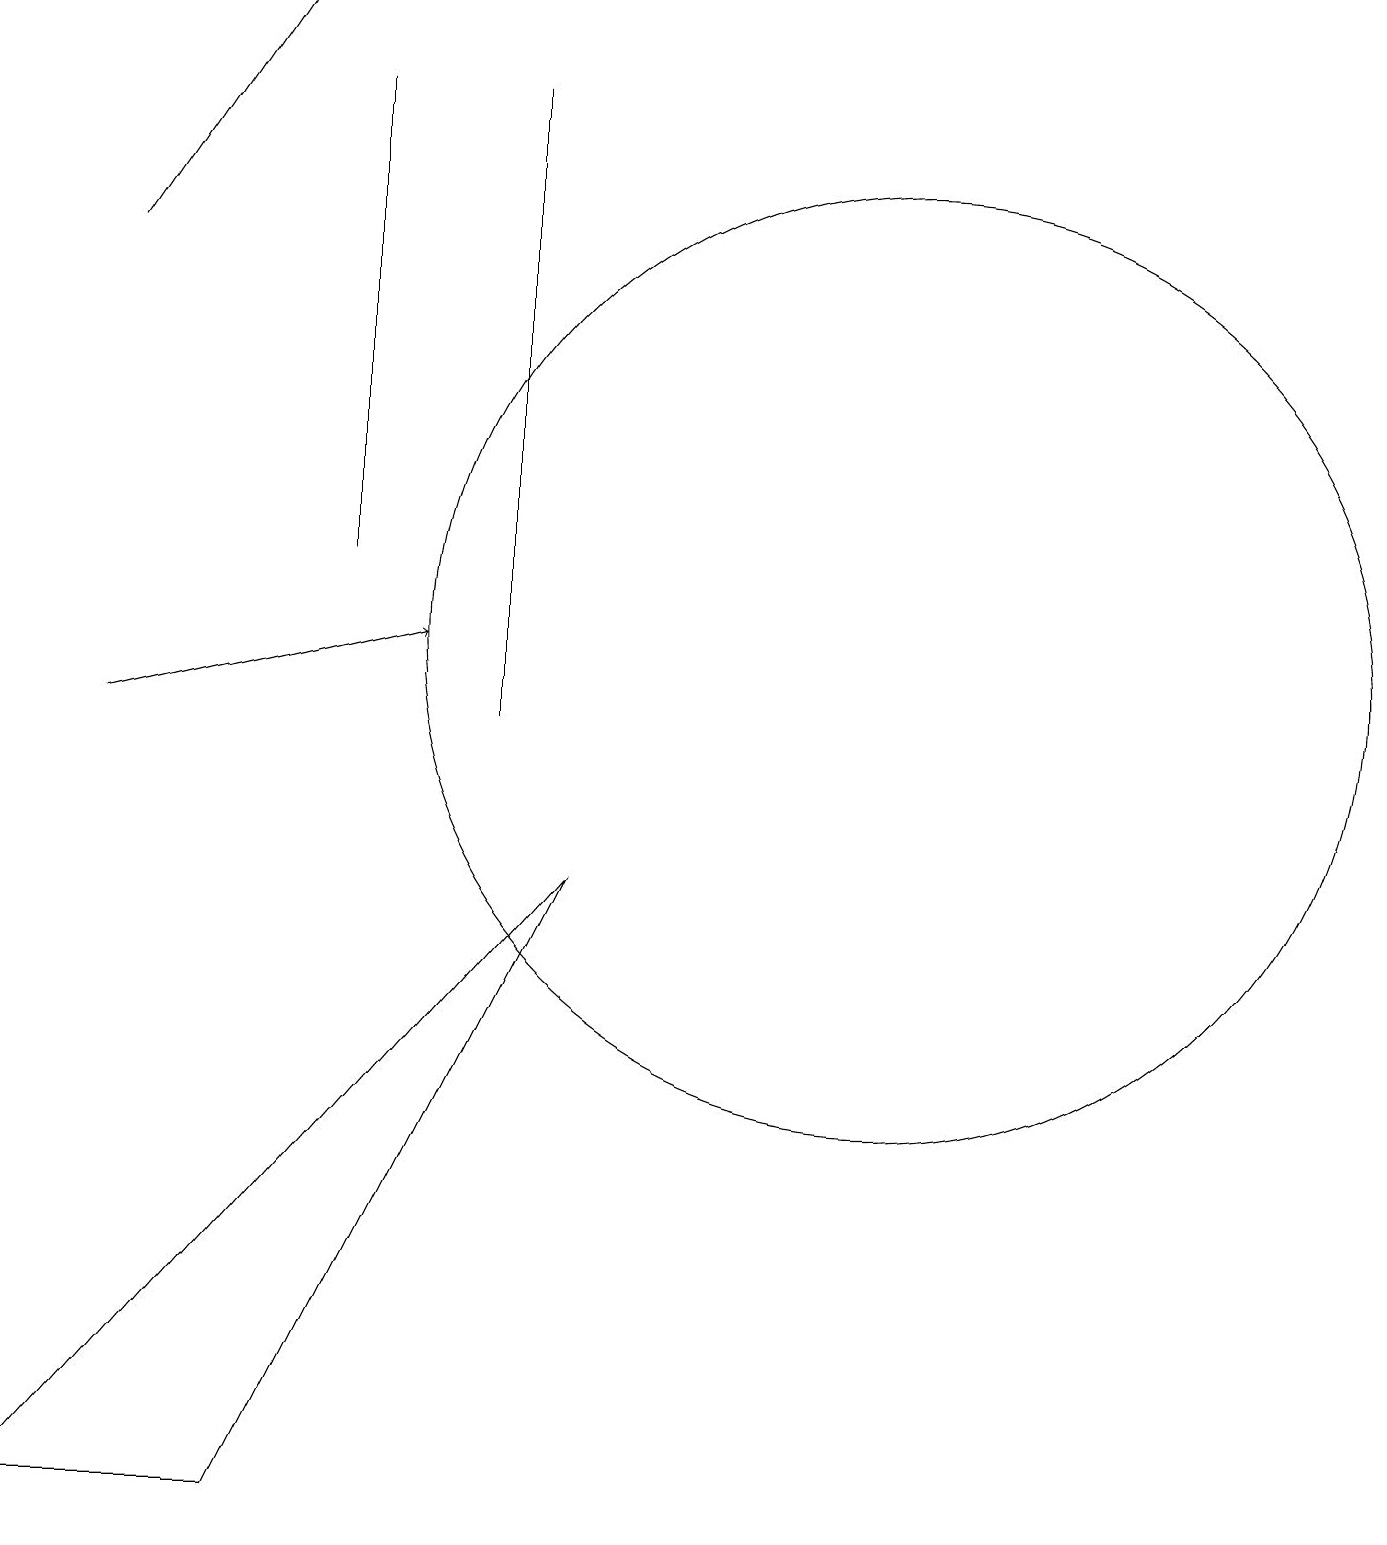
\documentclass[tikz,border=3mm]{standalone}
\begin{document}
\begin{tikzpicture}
\draw (6,18) rectangle (6,10);
\draw (7,8) -- (0,0) -- (3,0) -- cycle;
\draw[->] (1,16) -- (3,19);
\draw (11,11) circle (6);
\draw (4,18) rectangle (4,12);
\draw[->] (1,10) -- (5,11);
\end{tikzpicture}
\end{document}